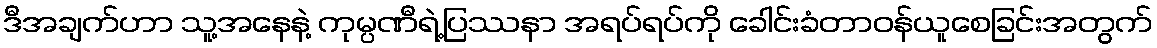
ဒီအချက်ဟာ သူ့အနေနဲ့ ကုမ္ပဏီရဲ့ပြဿနာ အရပ်ရပ်ကို ခေါင်းခံတာဝန်ယူစေခြင်းအတွက်